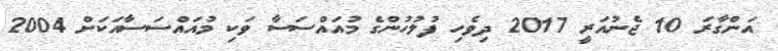
އަންގާރަ 10 ޖެނުއަރީ 2017 ދިވެހި ފުލުހުންގެ މުއައްސަސާ ވަކި މުއައްސަސާއަކަށް 2004